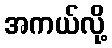
အကယ်လို့